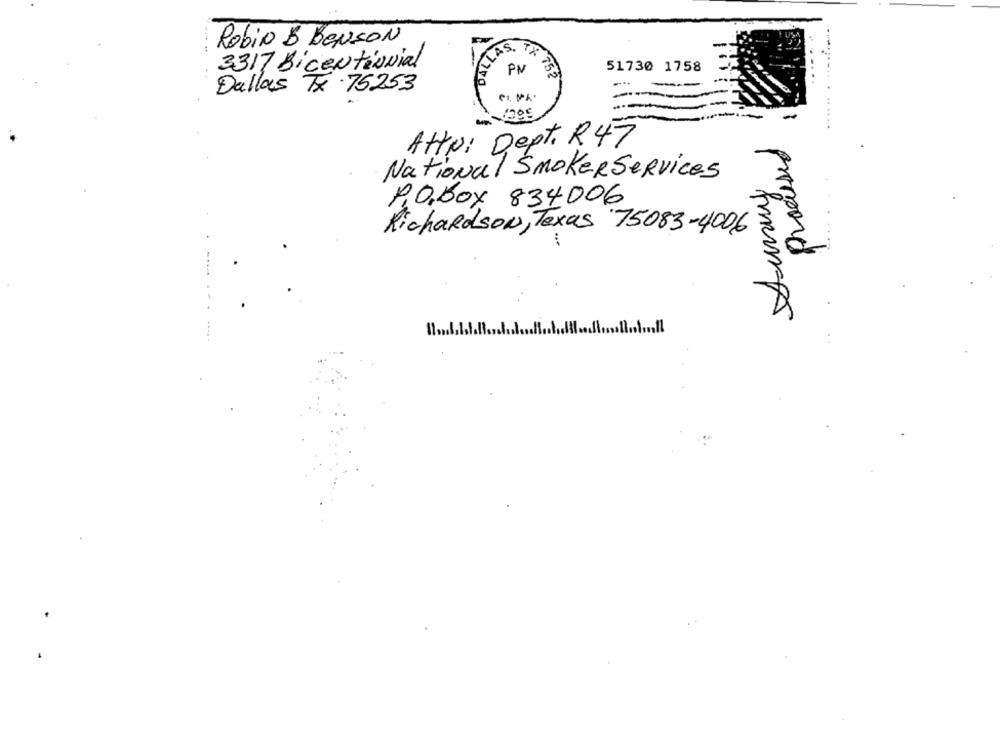
Robin & BENSON
LLAS. TX
3317 BicENtioNial
51730 1758
PM
752
--
Dallas TX .75253
-
-
AttN: Dept. R.47
National Smoker Services
P.O.box 834006
Richardson, Texas 75083-4006
11.